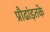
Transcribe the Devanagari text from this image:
प्रौढांइतके